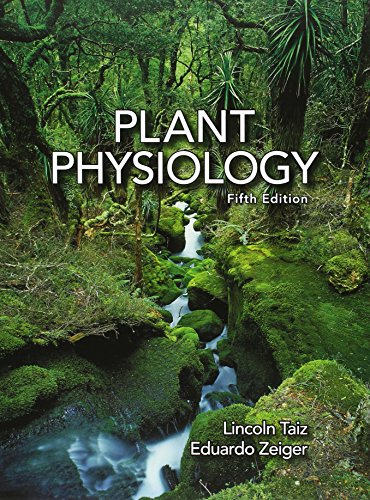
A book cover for Plant Physiology, Fifth Edition; Lincoln Taiz; Science & Math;